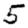
Digit: 5